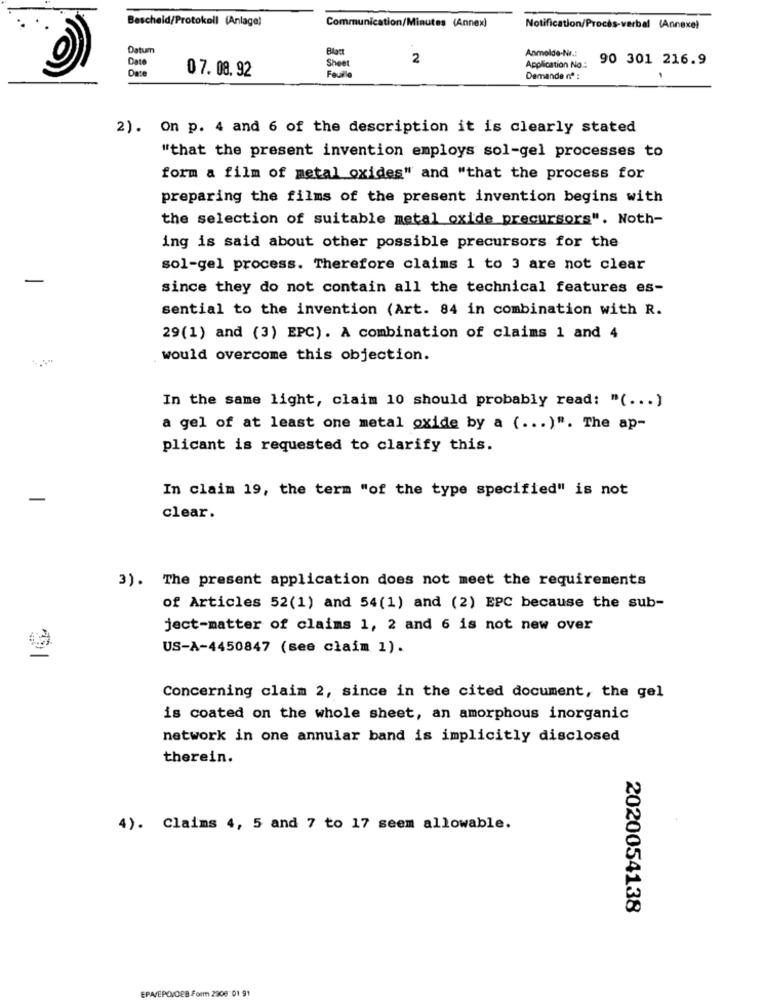
Bescheid/Protokoll (Anlage)
Communication/Minutes (Annex)
Notification/Procès-verbal (Annexe)
Datum
Anmolde-Nr .:
Date
Black
2
90 301 216.9
Dare
07. 08. 92
Sheet
Application No:
Demande nº :
2). On p. 4 and 6 of the description it is clearly stated
"that the present invention employs sol-gel processes to
form a film of metal oxides" and "that the process for
preparing the films of the present invention begins with
the selection of suitable metal oxide precursors". Noth-
ing is said about other possible precursors for the
sol-gel process. Therefore claims 1 to 3 are not clear
since they do not contain all the technical features es-
sential to the invention (Art. 84 in combination with R.
29(1) and (3) EPC). A combination of claims 1 and 4
would overcome this objection.
In the same light, claim 10 should probably read: "( ... )
a gel of at least one metal oxide by a ( ... )". The ap-
plicant is requested to clarify this.
In claim 19, the term "of the type specified" is not
clear.
3). The present application does not meet the requirements
of Articles 52(1) and 54(1) and (2) EPC because the sub-
ject-matter of claims 1, 2 and 6 is not new over
US-A-4450847 (see claim 1).
Concerning claim 2, since in the cited document, the gel
is coated on the whole sheet, an amorphous inorganic
network in one annular band is implicitly disclosed
therein.
4). Claims 4, 5 and 7 to 17 seem allowable.
2020054138
EPAVEPOVOEB Form 2908' 01 91